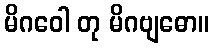
မိဂဝေါ တု မိဂဗျဓော။